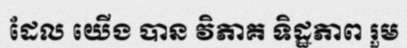
ដែល យើង បាន វិភាគ ទិដ្ឋភាព រួម